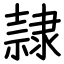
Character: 隷